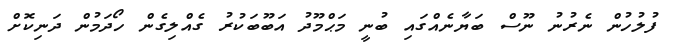
ފުލުހުން ނެރުނު ނޫސް ބަޔާނެއްގައި ބުނީ މަޙްމޫދު އަބޫބަކުރު ގެއްލިގެން ހޯދަމުން ދަނިކޮށް